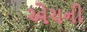
એચની